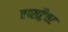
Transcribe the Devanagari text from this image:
एब्सट्रैक्ट